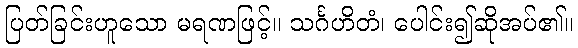
ပြတ်ခြင်းဟူသော မရဏဖြင့်။ သင်္ဂဟိတံ၊ ပေါင်း၍ဆိုအပ်၏။